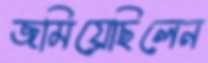
জমিয়েছিলেন